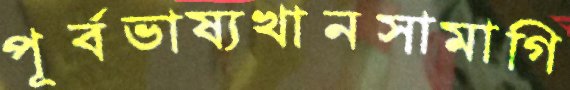
পূর্বভাষ্যখানসামাগি